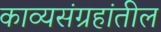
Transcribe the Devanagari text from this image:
काव्यसंग्रहांतील